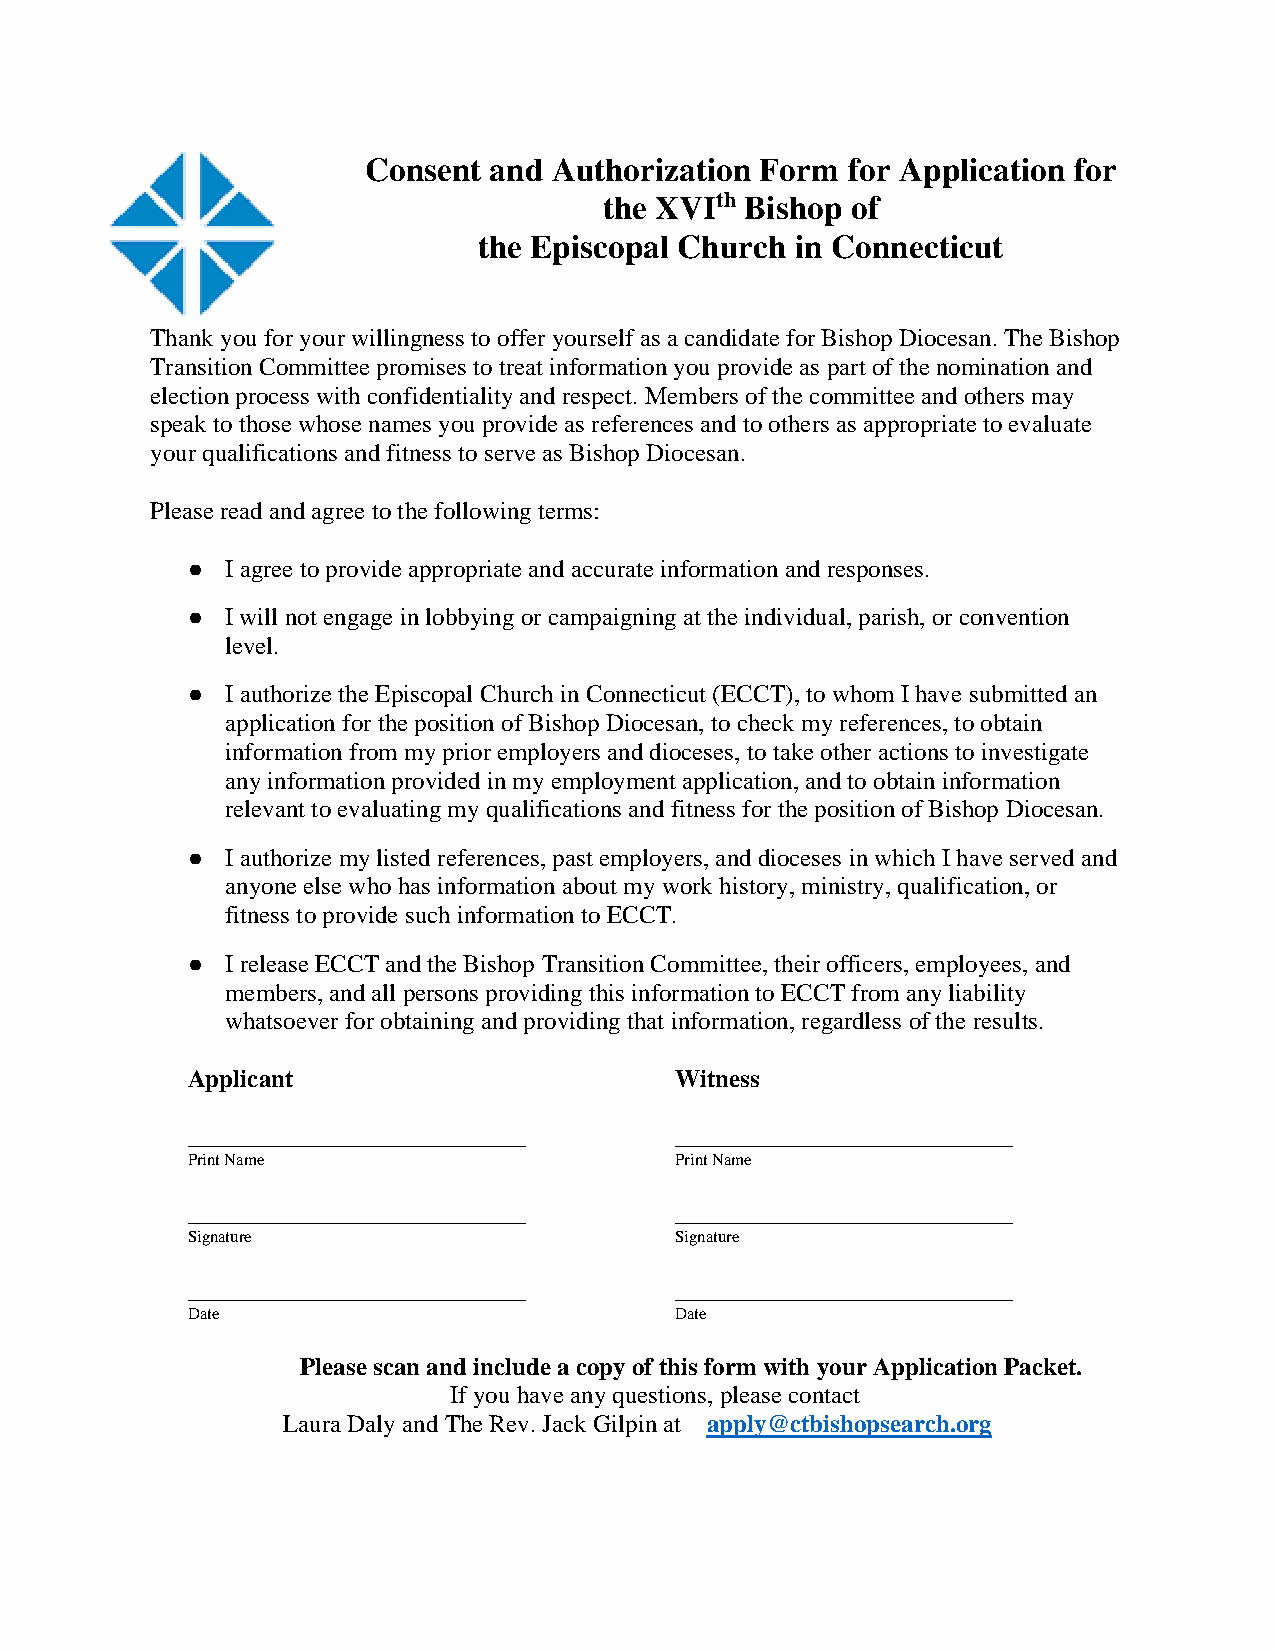
Consent and  Authorization Form for Application for
 the XVIth Bishop of
 the Episcopal Church in Connecticut
 Thank you for your willingness to offer yourself as a candidate for Bishop Diocesan. The Bishop
 Transition Committee promises to treat information you provide as part of the nomination and
 election process with confidentiality and respect. Members of the committee and others may
 speak to those whose names you provide as references and to others as appropriate to evaluate
 your qualifications and fitness to serve as Bishop Diocesan.
 Please read and agree to the following terms:
 ●  I agree to provide appropriate and accurate information and responses.
 ●  I will not engage in lobbying or campaigning at the individual, parish, or convention
 level.
 ●  I authorize the Episcopal Church in Connecticut (ECCT), to whom I have submitted an
 application for the position of Bishop Diocesan, to check my references, to obtain
 information from my prior employers and dioceses, to take other actions to investigate
 any information provided in my employment application, and to obtain information
 relevant to evaluating my qualifications and fitness for the position of Bishop Diocesan.
 ●  I authorize my listed references, past employers, and dioceses in which I have served and
 anyone else who has information about my work history, ministry, qualification, or
 fitness to provide such information to ECCT.
 ●  I release ECCT and the Bishop Transition Committee, their officers, employees, and
 members, and all persons providing this information to ECCT from any liability
 whatsoever for obtaining and providing that information, regardless of the results.
 Applicant                        Witness
 ___________________________      ___________________________
 Print Name                       Print Name
 ___________________________      ___________________________
 Signature                        Signature
 ___________________________      ___________________________
 Date                             Date
 Please scan and include a copy of this form with your Application Packet.
 If you have any questions, please contact
 Laura Daly and The Rev. Jack Gilpin at apply@ctbishopsearch.org